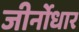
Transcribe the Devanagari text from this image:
जीर्नोधार